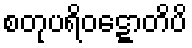
စတုပရိဝဋ္ဋောတိပိ